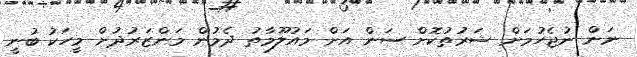
ނަން ނުޖެހުމަށް ޝަރުތުކޮށް ސަން އަށް މައުލޫމާތު ދެމުން މަންޒަރުދުށް މީހަކު ބުނީ